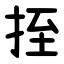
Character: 挃